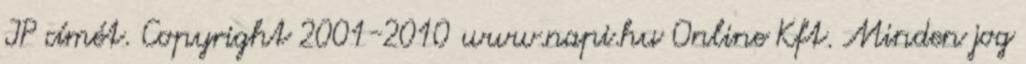
IP címét. Copyright 2001-2010 www.napi.hu Online Kft. Minden jog